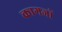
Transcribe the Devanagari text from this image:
कागजाें